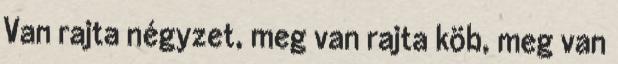
Van rajta négyzet, meg van rajta köb, meg van